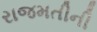
રાજમતીની